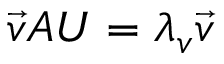
\vec { v } A U = \lambda _ { v } \vec { v }